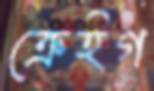
ক্রেইগ